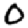
Digit: 0